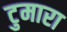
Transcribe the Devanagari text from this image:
टुमारा